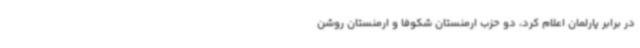
در برابر پارلمان اعلام کرد، دو حزب ارمنستان شکوفا و ارمنستان روشن